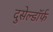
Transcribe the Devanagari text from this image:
दुसेल्डॉर्फ